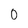
Character: 0